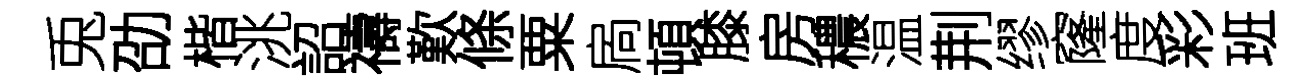
兎劭楷洮詔禱歎條粟扄頓膝房穠温荆缪窿度彩班